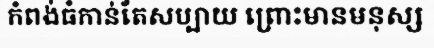
កំពង់ធំកាន់តែសប្បាយ ព្រោះមានមនុស្ស